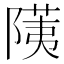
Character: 𬯐